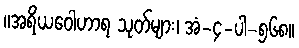
။အရိယဝေါဟာရ သုတ်များ၊ အံ-၄-ပါ-၅၆၈။